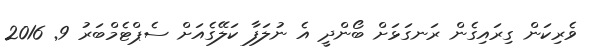
ވެރިކަން ގިރައިގެން ރަނގަޅަށް ބޯންދީ އެ ނުލަފާ ކަލޭގެއަށް ސެޕްޓެމްބަރު 9